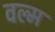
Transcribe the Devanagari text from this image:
वल्म